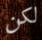
لكن